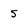
Character: 5